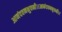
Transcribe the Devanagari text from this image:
आनंदवनभुवनी।।आनंदवनभुवनी।।